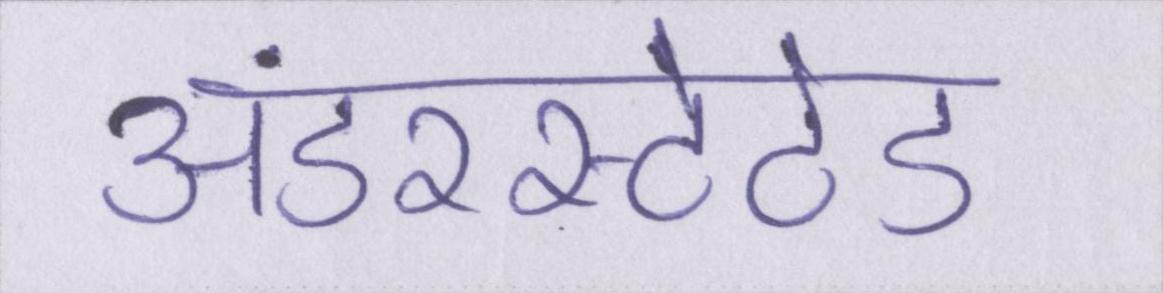
अंडरस्टेटेड